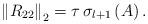
LaTeX: \begin{align*}\left\|R_{22}\right\|_2 = \tau \, \sigma_{l+1}\left(A\right).\end{align*}